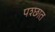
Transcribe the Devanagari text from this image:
पश्छात